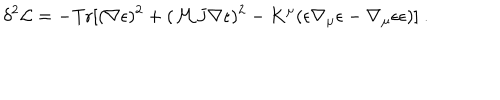
\delta ^ { 2 } { \cal L } = - \mathrm { T r } [ ( \nabla \epsilon ) ^ { 2 } + ( { \cal M } J \nabla \epsilon ) ^ { 2 } - K ^ { \mu } ( \epsilon \nabla _ { \mu } \epsilon - \nabla _ { \mu } \epsilon \epsilon ) ] \ .